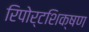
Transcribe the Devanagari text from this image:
रिपोर्टशिक्षण